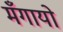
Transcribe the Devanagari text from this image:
मँगायो